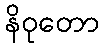
နိဝုတော